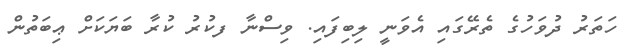
ހަތަރު ދުވަހުގެ ތެރޭގައި އެވަނީ ލިބިފައި. ވިސްނާ ފކުރު ކުރާ ބަޔަކަށް ޢިބަތުން